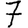
Digit: 7